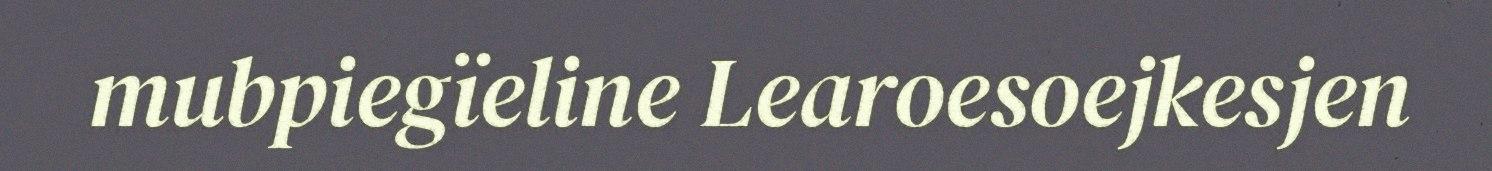
mubpiegïeline Learoesoejkesjen